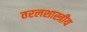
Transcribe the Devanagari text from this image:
तरलशास्त्रीय